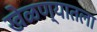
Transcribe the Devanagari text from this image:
खेळण्यातला